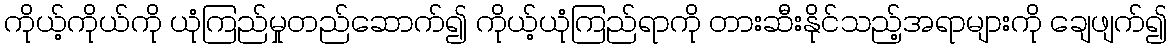
ကိုယ့်ကိုယ်ကို ယုံကြည်မှုတည်ဆောက်၍ ကိုယ့်ယုံကြည်ရာကို တားဆီးနိုင်သည့်အရာများကို ချေဖျက်၍